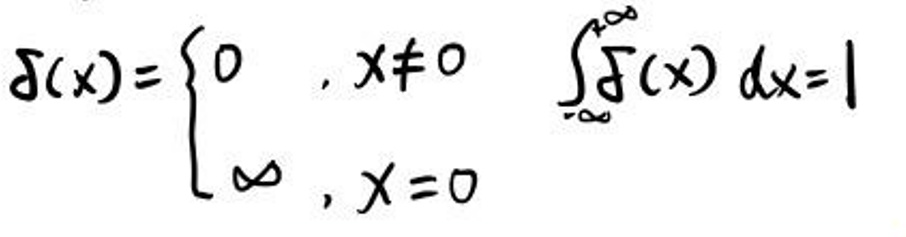
\delta(x)=\begin{cases}
0, & x \neq 0 \\
\infty, & x = 0
\end{cases} \quad \int_{-\infty}^{\infty}\delta(x)dx = 1